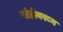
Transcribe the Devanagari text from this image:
संज्ञेवरून